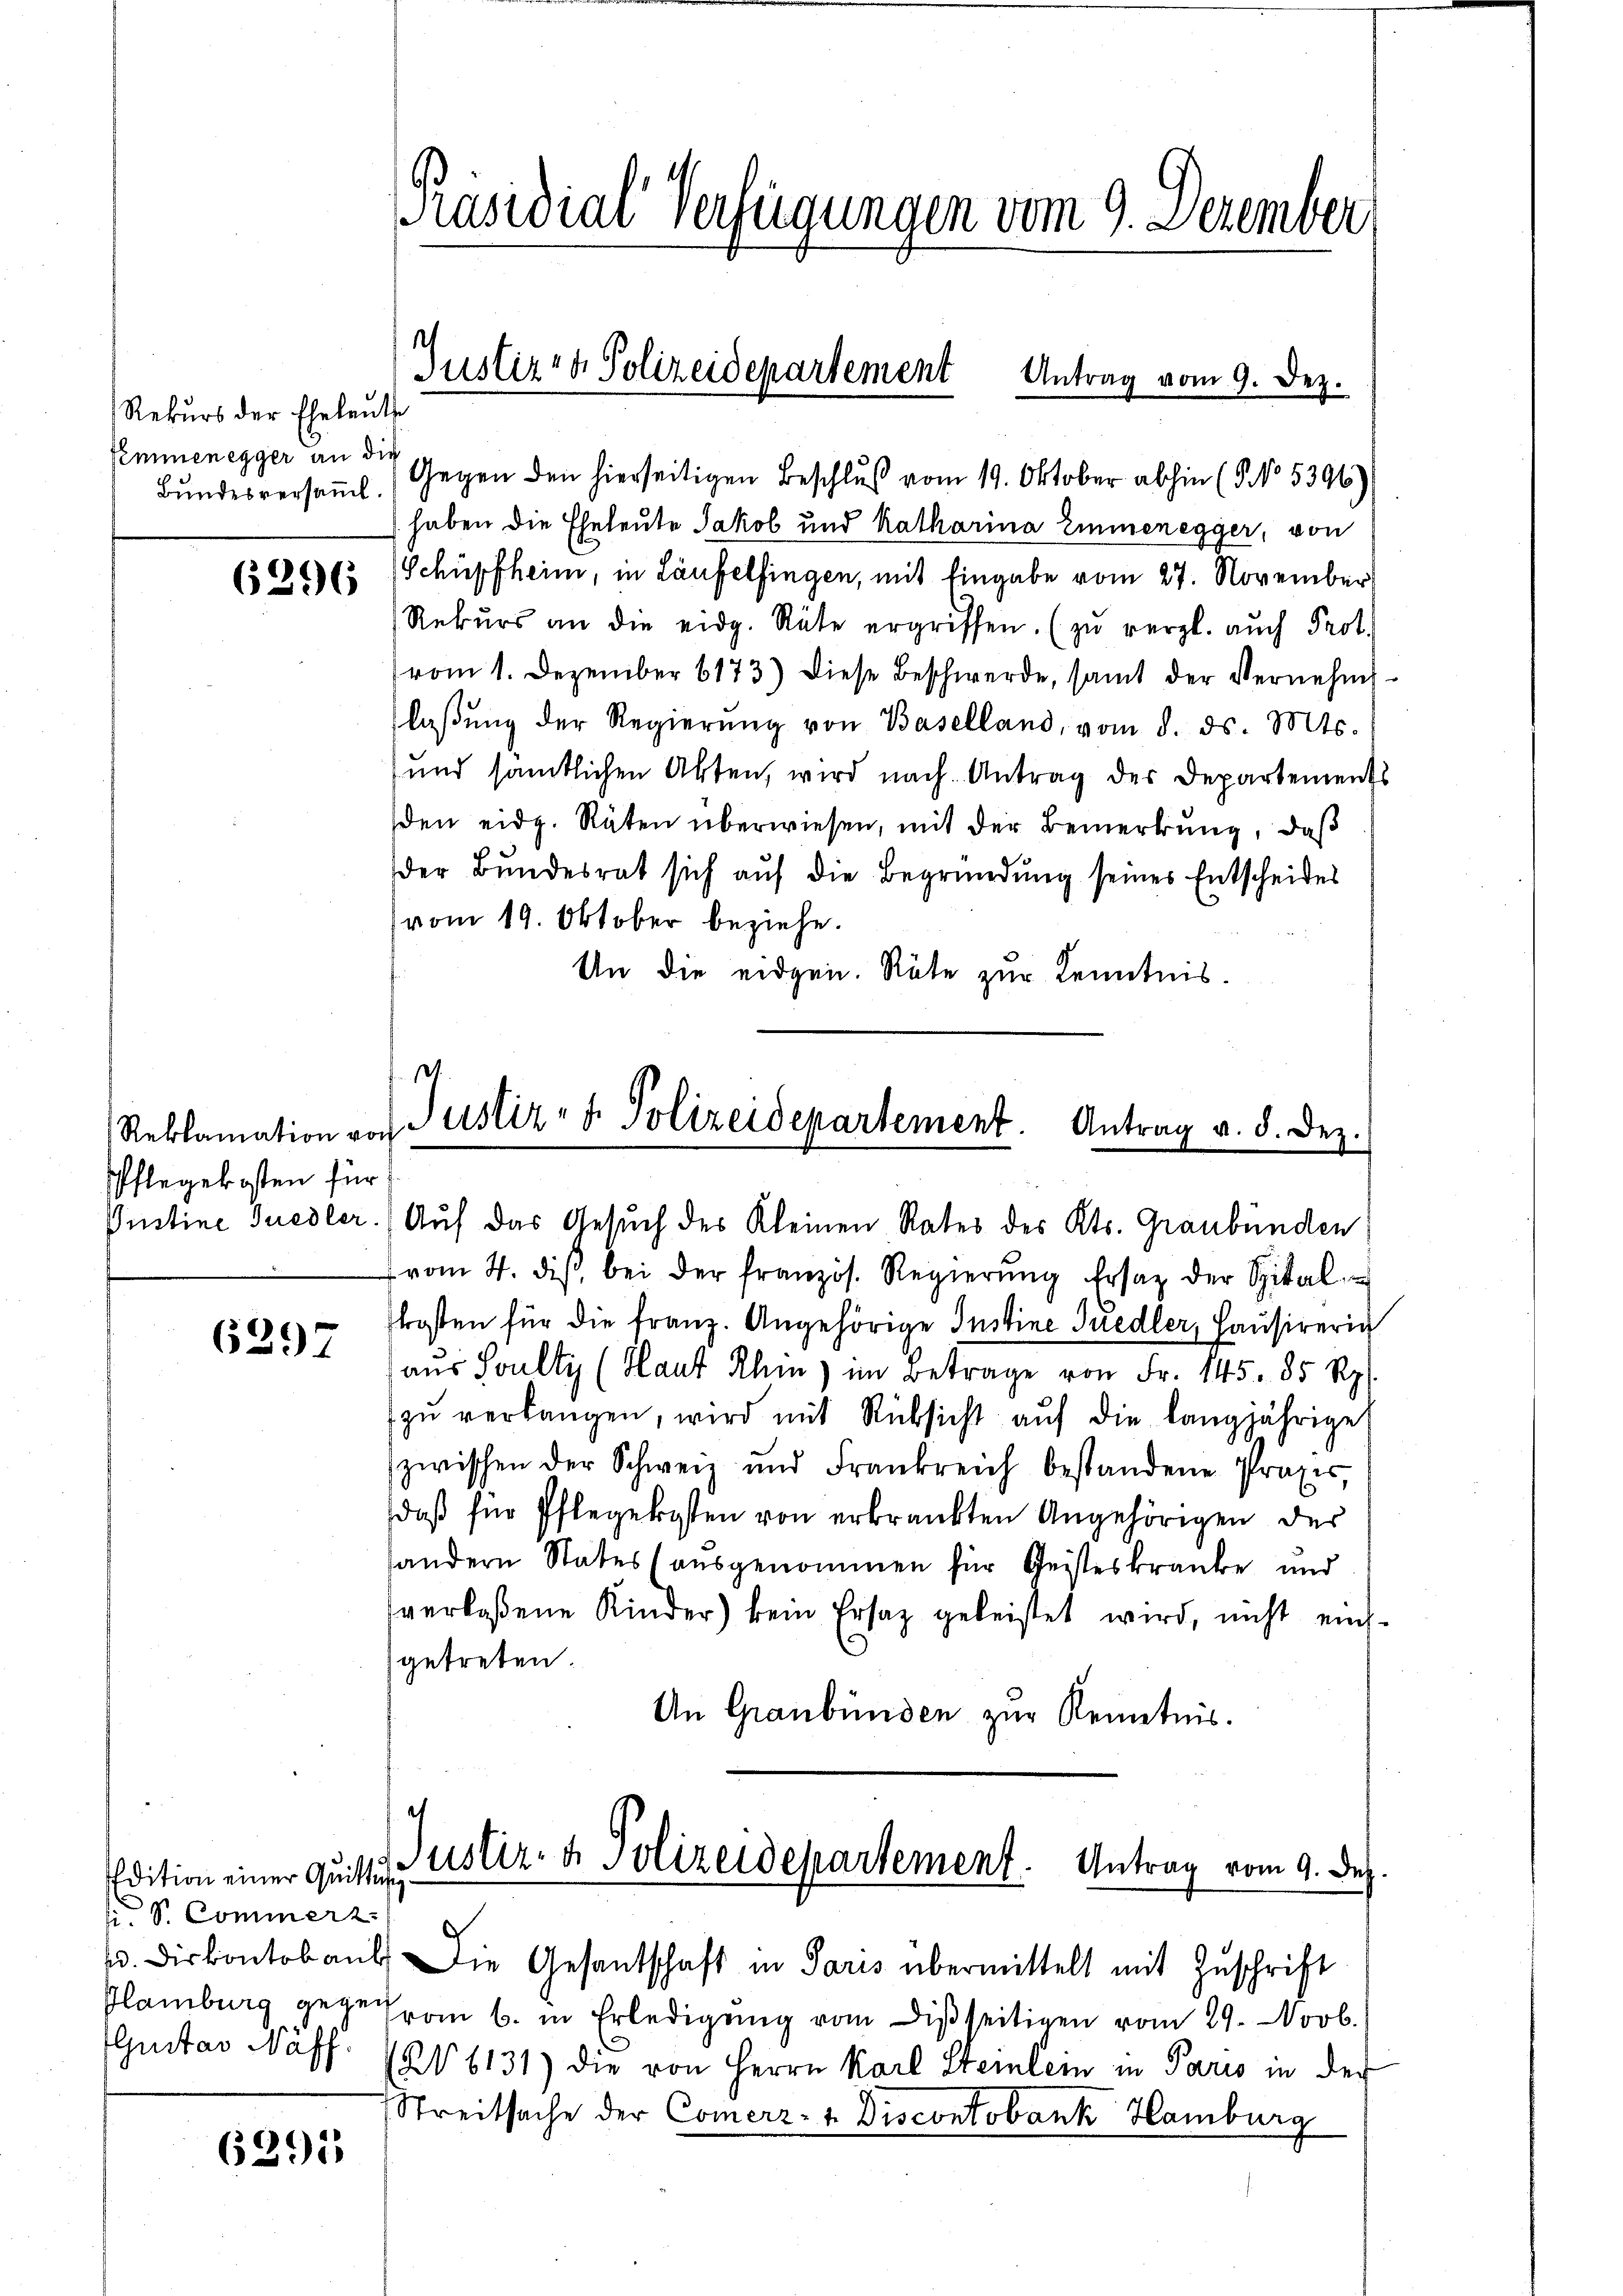
Rekŭrs der Eheleute
Semmenegger an die

6296

Reklamation vor
Pflegekosten für

6297

Edition einer Quittung
 S. Commerz.
Plamburg gezei
Gustav Waff

6291

Präsidial-Verfügungen vom 9. Dezember
Justiz & Polizeidepartement Antrag vom 9. Dez.

Bŭndesversaṁl. Gegen den hierseitigen Beschluß vom 19. Oktober abhin (§ NNo. 5396)
haben die Eheleute Jakob und Katharina Emmenegger, von
Schüpfheim, in Laufelfingen, mit Eingabe vom 27. November
Rekŭrs an die eidg. Räte ergriffen. (zŭ vergl. auch Prot.
vom 1. Dezember 6173) diese Beschwerde, samt der Vernehmlaβŭng der Regierŭng von Baselland, vom 8. ds. Mts.
und sämtlichen Akten, wird nach Antrag der Departements
den eidg. Räten überwiesen, mit der Bemerkung, daß
der Bundesrat sich auf die Begründung seines Entscheides
vom 19. Oktober beziehe.
An die eidgen. Räte zur Kenntnis.

.
Justiz- & Polizeidepartement. Antrag v. d. Dez.
Pustine Quedler. (Auf das Gesuch des Kleinen Rates des Kts. Graubünden

vom 4. diβ bei der französ. Regierŭng Ersatz der Spital-
skosten für die franz. Angehörige Instine Siedler, Hausirerig
aus Soulty (Haut Rhin) im Betrage von Fr. 145. 85 Rp.
zŭ verlangen, wird mit Rücksicht aŭf die langjährige
zwischen der Schweiz und Frankreich bestandene Praxis,
daß für Pflegekosten von erkrankten Angehörigen des
andern States (ausgenommen für Geisteskranke und
verlassene Kinder) kein Ersatz geleistet wird, nicht eingetreten.
An Graubünden zur Kenntnis.

Justiz- & Polizeidepartement. Antrag vom 9. Dez.
. Dir kontoaus. Die Gesandschaft in Paris übermittelt mit Zuschrift

vom 6. in Erledigŭng vom Disseitigen vom 29. Novb.
26131) die von Herrn Karl Steinlein in Paris in der
Streitsache der Comerz- + Discontobank Hamburg